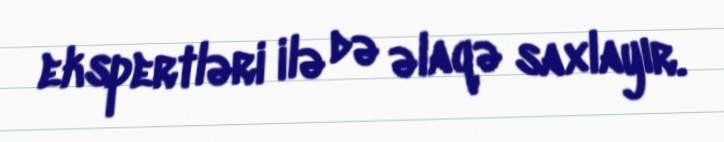
ekspertləri ilə də əlaqə saxlayır.